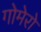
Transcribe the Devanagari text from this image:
गोमेरो